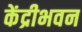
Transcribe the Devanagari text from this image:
केंद्रीभवन